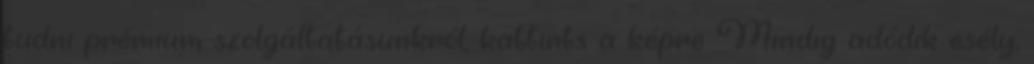
tudni prémium szolgáltatásunkról, kattints a képre Mindig adódik esély,